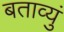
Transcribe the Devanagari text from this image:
बताव्युं